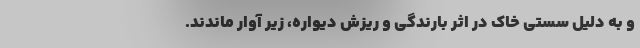
و به دلیل سستی خاک در اثر بارندگی و ریزش دیواره، زیر آوار ماندند.